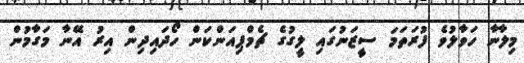
މިލާނާ ހަވާލުވެ ފުރަތަމަ ސީޒަނުގައި ލީގުގެ ޗެމްޕިއަންކަން ހޯދައިދިން އިރު އޭނާ މަގާމުން